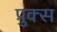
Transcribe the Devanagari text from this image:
प्रुक्स